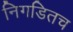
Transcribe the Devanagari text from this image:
निगडितच